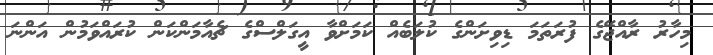
މިހާރު ރާއްޖޭގެ ފުރަތަމަ ޑިވިށަންގެ ކުލަބެއް ކަމަށްވާ އީގަލްސްގެ ޗެއާމަންކަން ކުރައްވަމުން އަންނަ